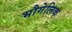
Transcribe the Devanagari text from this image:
भौगेलिक